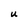
Character: u